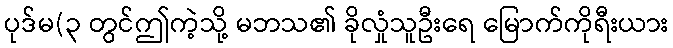
ပုဒ်မ(၃ တွင်ဤကဲ့သို့ မဘသ၏ ခိုလှုံသူဦးရေ မြောက်ကိုရီးယား